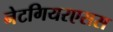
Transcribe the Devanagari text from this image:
नेटगियरएसस